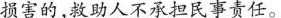
损害的,救助人不承担民事责任。